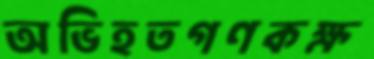
অভিহতগণকক্ষ